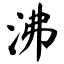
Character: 沸